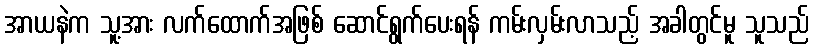
အာယနဲက သူ့အား လက်ထောက်အဖြစ် ဆောင်ရွက်ပေးရန် ကမ်းလှမ်းလာသည့် အခါတွင်မူ သူသည်